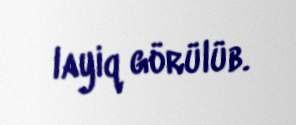
layiq görülüb.